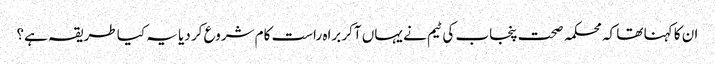
ان کا کہنا تھا کہ محکمہ صحت پنجاب کی ٹیم نے یہاں آکر براہ راست کام شروع کر دیا یہ کیا طریقہ ہے؟